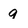
Character: q